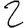
Digit: 2